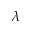
\lambda